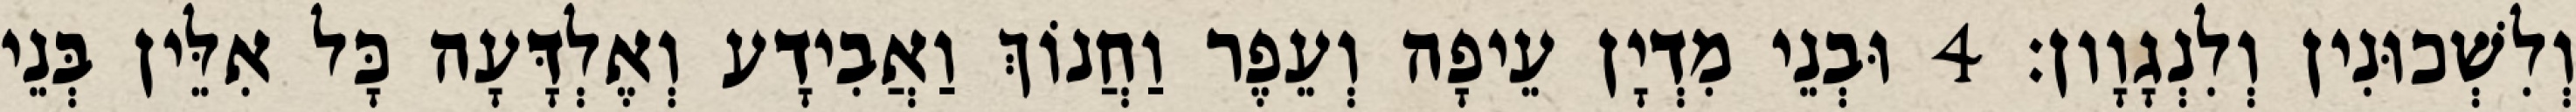
וְלִשְׁכוּנִין וְלִנְגָוָון׃ 4 וּבְנֵי מִדְיָן עֵיפָה וְעֵפֶר וַחֲנוֹךְ וַאֲבִידָע וְאֶלְדָּעָה כָּל אִלֵּין בְּנֵי